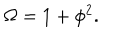
LaTeX: \Omega = 1 + \phi ^ { 2 } .